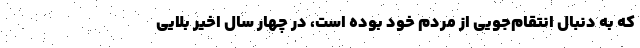
که به دنبال انتقام‌جویی از مردم خود بوده است، در چهار سال اخیر بلایی